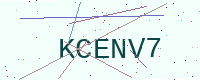
Text: KCENV7